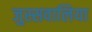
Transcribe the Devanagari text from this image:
जुस्सवालिया